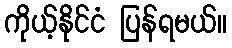
ကိုယ့်နိုင်ငံ ပြန်ရမယ်။